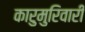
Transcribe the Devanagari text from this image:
कारुमुरिवारी